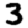
Digit: 3